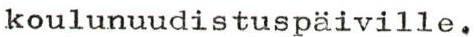
koulunuudistuspäiville,